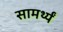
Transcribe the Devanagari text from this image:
सामर्थ्यं